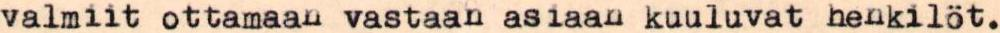
valmiit ottamaan vastaan asiaan kuuluvat henkilöt.